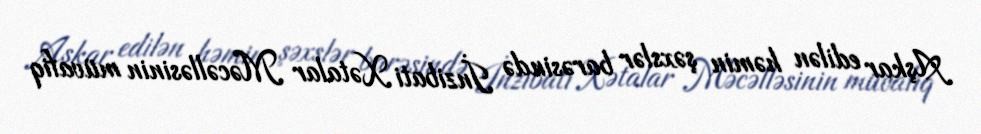
Aşkar edilən həmin şəxslər barəsində İnzibati Xətalar Məcəlləsinin müvafiq